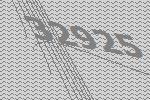
32925